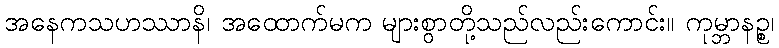
အနေကသဟဿာနိ၊ အထောက်မက များစွာတို့သည်လည်းကောင်း။ ကုမ္ဘာနဉ္စ၊